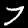
Digit: 7